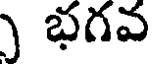
) భగవ